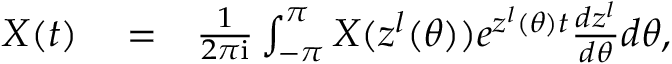
\begin{array} { r l r } { X ( t ) } & { { } = } & { \frac { 1 } { 2 \pi \mathrm { i } } \int _ { - \pi } ^ { \pi } X ( z ^ { l } ( \theta ) ) e ^ { z ^ { l } ( \theta ) t } \frac { d z ^ { l } } { d \theta } d \theta , } \end{array}